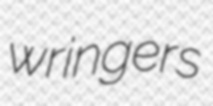
wringers